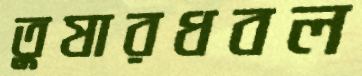
তুষারধবল